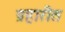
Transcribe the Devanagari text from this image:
प्रहारीत